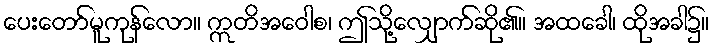
ပေးတော်မူကုန်လော။ ဣတိအဝေါစ၊ ဤသို့လျှောက်ဆို၏။ အထခေါ၊ ထိုအခါ၌။